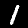
Digit: 1